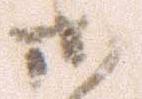
御